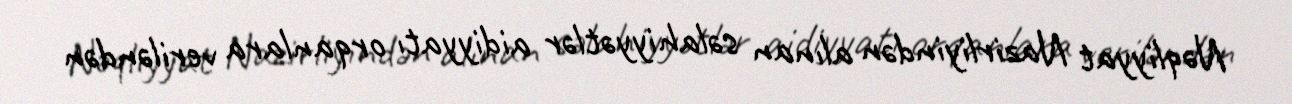
Nəqliyyat Nazirliyindən alınan səlahiyyətlər aidiyyatı orqanlara veriləndən